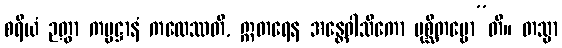
စရိယံ ဉတွာ ကမ္မဋ္ဌာနံ ကထေဿတိ, ဣတရေန အန္တေဝါသိကော ပုစ္ဆိတဗ္ဗော”တိ။ တသ္မာ